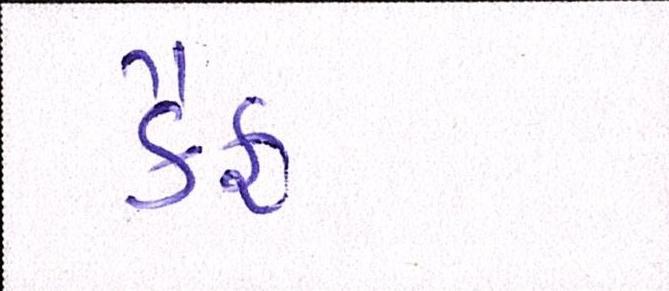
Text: કૈફ